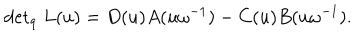
LaTeX: { \det } _ { q } \; L ( u ) = D ( u ) A ( u \omega ^ { - 1 } ) - C ( u ) B ( u \omega ^ { - 1 } ) .